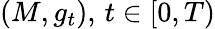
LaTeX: (M,g_{t}),\, t\in[0,T)